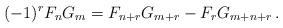
LaTeX: \begin{align*}( - 1)^rF_nG_m = F_{n + r}G_{m + r} - F_r G_{m + n + r}\,.\end{align*}